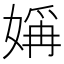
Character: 㛵